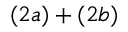
( 2 a ) + ( 2 b )